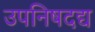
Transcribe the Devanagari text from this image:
उपनिषदद्य